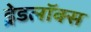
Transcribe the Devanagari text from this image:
ड्रेडलॉक्स